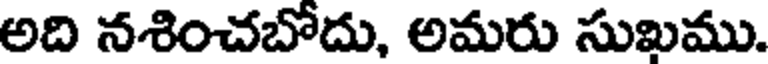
అది నశించబోదు, అమరు సుఖము.